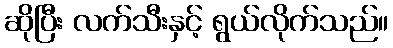
ဆိုပြီး လက်သီးနှင့် ရွယ်လိုက်သည်။